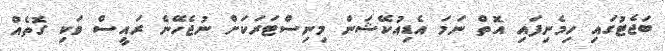
ބަޖެޓުގައި ހިމެނިފައި އޮތް ނަމަ އެޑިއުކޭޝަން މިނިސްޓަރަކަށް ނުޖެހޭނެ ރައީސް ވަކި ގޮތެއް